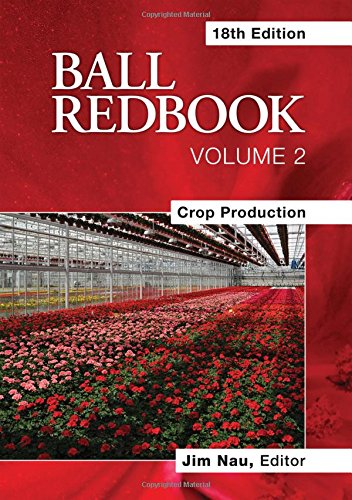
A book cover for Ball RedBook: Crop Production; Crafts, Hobbies & Home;